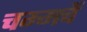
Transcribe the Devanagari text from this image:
चम्मचें